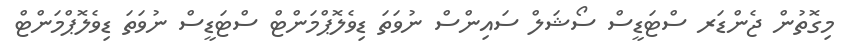
މިގޮތުން ޖެންޑަރ ސްޓަޑީސް ސޯޝަލް ސައިންސް ނުވަތަ ޑިވެލޮޕްމަންޓް ސްޓަޑީސް ނުވަތަ ޑިވެލޮޕްމަންޓް